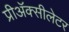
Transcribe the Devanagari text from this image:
प्रीअॅक्सीलेटर